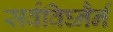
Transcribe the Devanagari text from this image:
सर्वविघ्नैर्न